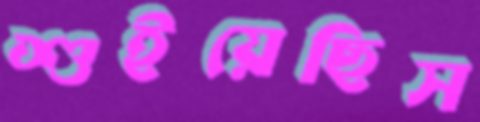
শুইয়েছিস